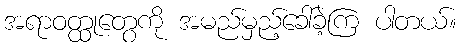
အရာဝတ္ထုတွေကို အမည်မှည့်ခေါ်ခဲ့ကြ ပါတယ်။